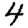
Digit: 4